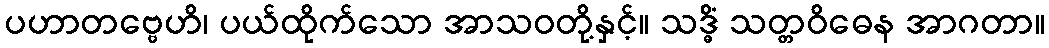
ပဟာတဗ္ဗေဟိ၊ ပယ်ထိုက်သော အာသဝတို့နှင့်။ သဒ္ဓိံ သတ္တဝိဓေန အာဂတာ။